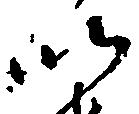
以